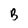
Character: B